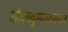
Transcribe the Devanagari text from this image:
क्षत्रियकुमावतसमाज